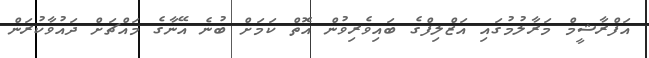
އަފްރާޝީމް މަރާލުމުގައި އަޒްލިފްގެ ބައިވެރިވުން އޮތް ކަމަށް ބުނެ އޭނާގެ މައްޗަށް ދައުވާކުރަން